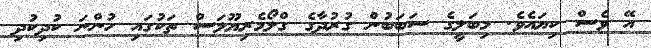
އޭ ވެސް ކިޔައެވެ. މިބަލީގެ ސަބަބުން ގުރުދާގެ ގްލޯމެރިޔޫލަސް ތަކުގައި ހުންނަ ކުދިކުދި